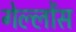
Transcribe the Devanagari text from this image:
गेल्लोंस